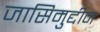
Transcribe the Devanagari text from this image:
जासिमुद्दीन